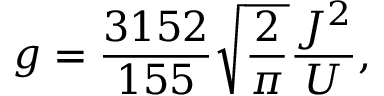
g = \frac { 3 1 5 2 } { 1 5 5 } \sqrt { \frac { 2 } { \pi } } \frac { J ^ { 2 } } { U } ,